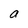
Character: a